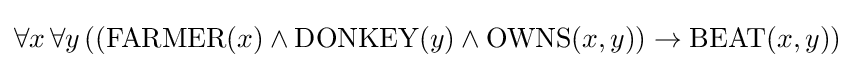
\forall x\,\forall y\,(({\text{FARMER}}(x)\land {\text{DONKEY}}(y)\land {\text{OWNS}}(x,y))\rightarrow {\text{BEAT}}(x,y))